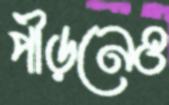
পীড়নেও